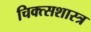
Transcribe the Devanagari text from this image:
चिक्त्सशास्त्र